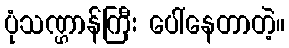
ပုံသဏ္ဌာန်ကြီး ပေါ်နေတာတဲ့။